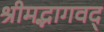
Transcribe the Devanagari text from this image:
श्रीमद्भागवद्